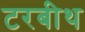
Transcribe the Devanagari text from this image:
टरबीथ